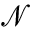
\mathcal { N }